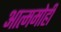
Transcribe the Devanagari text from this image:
आत्ममोही